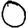
Digit: 0